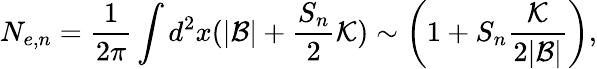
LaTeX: N_{e,n}=\frac{1}{2\pi}\int d^{2}x(|\mathcal{B}|+\frac{S_{n}}{2}\mathcal{K})\sim\left(1+S_{n}\frac{\mathcal{K}}{2|\mathcal{B}|}\right),